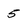
Character: 5